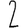
Digit: 2